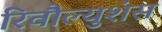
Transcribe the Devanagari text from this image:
रिवौल्युशंस